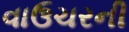
વાઉચરની